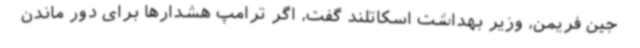
جین فریمن، وزیر بهداشت اسکاتلند گفت، اگر ترامپ هشدارها برای دور ماندن